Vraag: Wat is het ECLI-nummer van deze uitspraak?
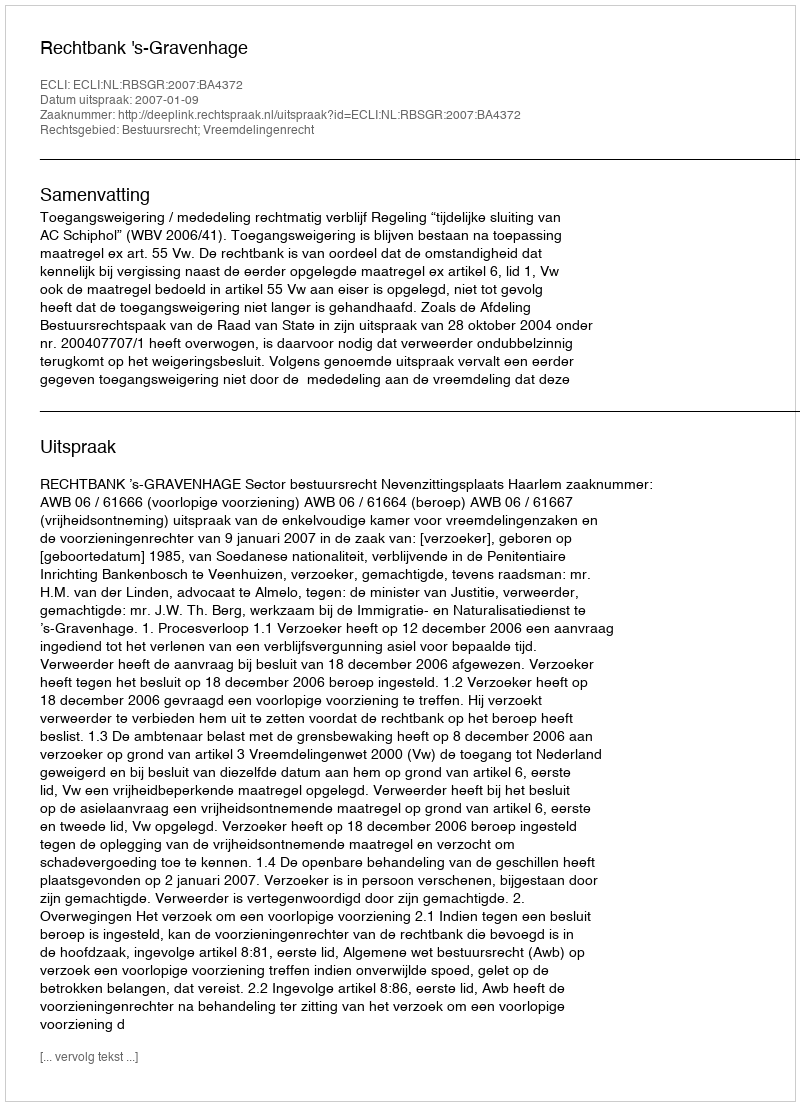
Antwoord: ECLI:NL:RBSGR:2007:BA4372